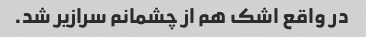
در واقع اشک هم از چشمانم سرازیر شد.